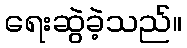
ရေးဆွဲခဲ့သည်။